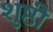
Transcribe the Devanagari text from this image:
शुष्ठी